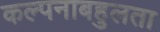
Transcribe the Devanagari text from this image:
कल्पनाबहुलता